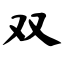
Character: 双